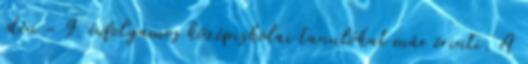
idén – 9. évfolyamos középiskolai tanulókat már érinti. A